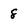
Character: 8